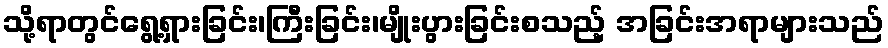
သို့ရာတွင်ရွေ့ရှားခြင်း၊ကြီးခြင်း၊မျိုးပွားခြင်းစသည့် အခြင်းအရာများသည်